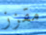
مقزز